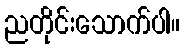
ညတိုင်းသောက်ပါ။